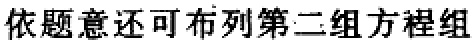
依题意还可布列第二组方程组